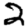
Digit: 2